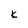
Character: k